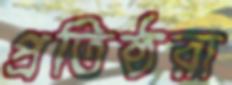
প্রতিষ্ঠরা